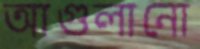
আগুলানো